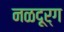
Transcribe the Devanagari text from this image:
नळदूर्ग